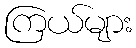
ကြယ်များ